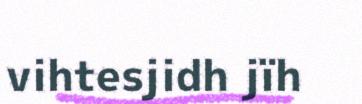
vihtesjidh jïh